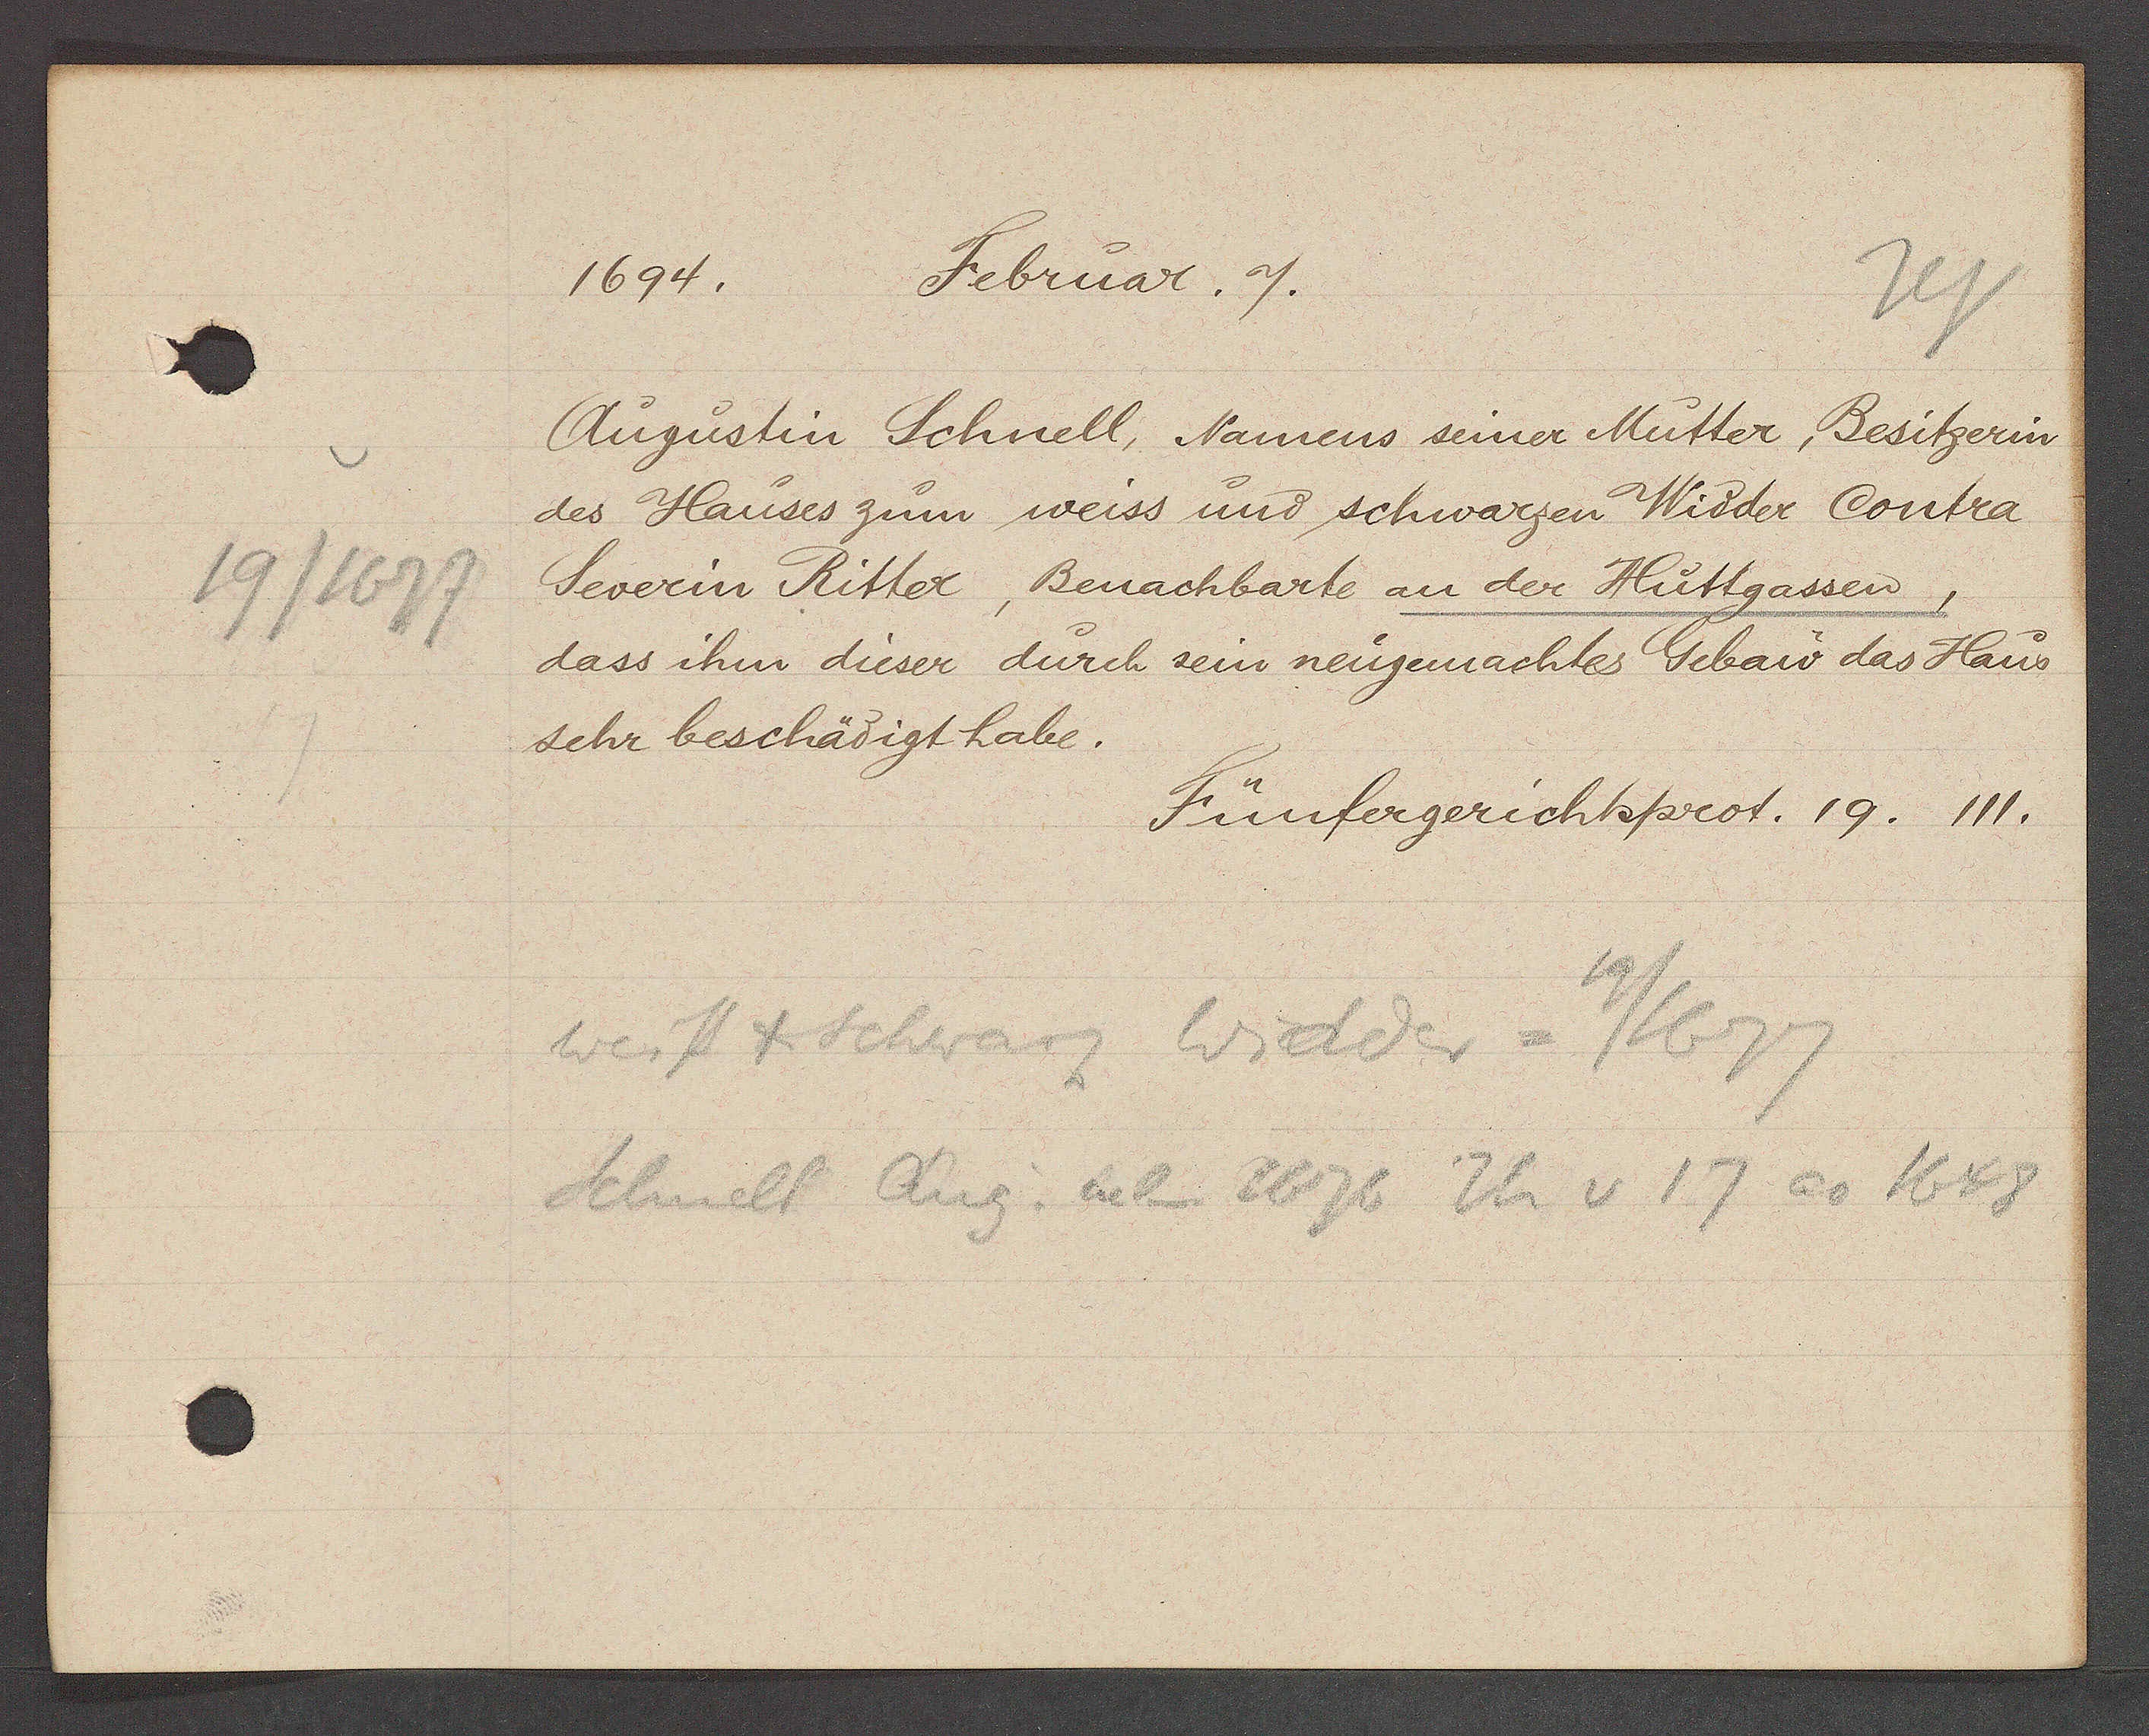
Transcript:
19/1677

1694.
Februar. 7.

Augustin Schnell, Namens seiner Mütter, Besitzerin
des Hauses zum weiss und schwarzen Widder Contra
Severin Ritter, Benachbarte an der Huttgassen,
dass ihm deser durch sein neugemachtes Gebau das Haus
sehr beschädigt habe.

Fünfergerichtsprot. 19. 111.

weis + Schwarz Widder = 19/1677
Schnell Aug. neben 1676 Th v 17 ao 1648